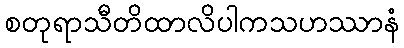
စတုရာသီတိထာလိပါကသဟဿာနံ